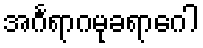
အင်္ဂရာဂမုခရာဂေါ